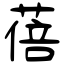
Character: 蓓